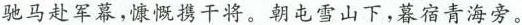
驰马赴军幕，慷慨携干将。朝屯雪山下，暮宿青海旁。